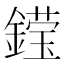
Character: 𮢽